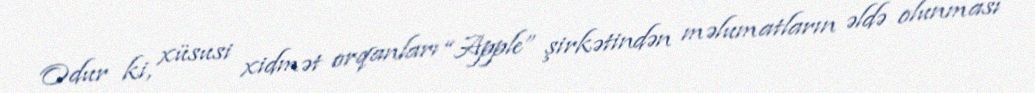
Odur ki, xüsusi xidmət orqanları “Apple” şirkətindən məlumatların əldə olunması